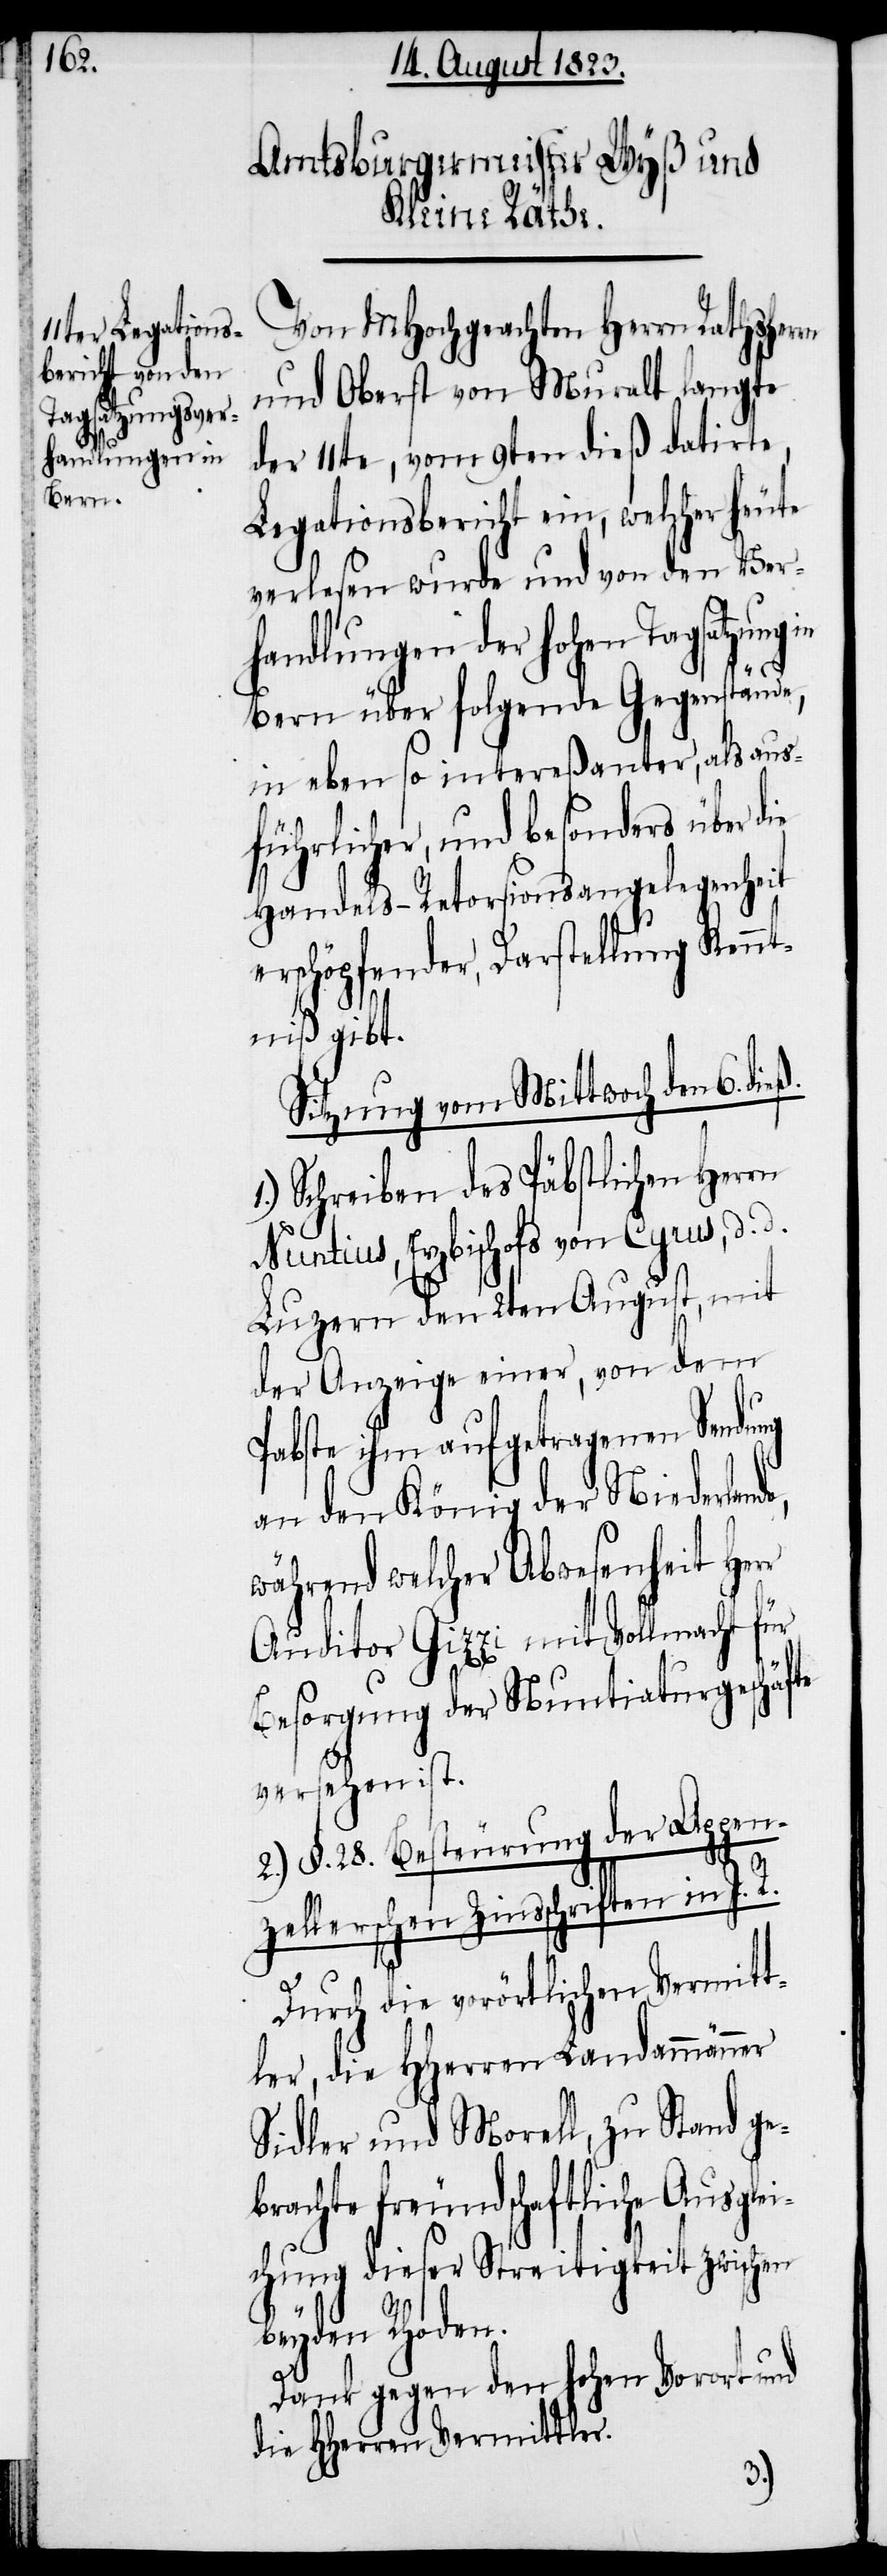
Von MHochgeachten Herrn Rathsherrn
und Oberst von Muralt langte
der 11te, vom 9ten dieß datirte,
Legationsbericht ein, welcher heute
verlesen wurde und von den Ver¬
handlungen der hohen Tagsatzung
Bern über folgende Gegenstände,
in eben so intereßanter, als aus¬
führlicher, und besonders über
Handels-Retorsionsangelegenheit
erschöpfender, Darstellung Kennt¬
niß gibt.
Sitzung vom Mittwoch den 6. dieß.
Schreiben des Päbstlichen Herrn
Nuntius, Erzbischofs von Cyrus, d.
Luzern den 2ten August, mit
der Anzeige einer, von dem
Pabste ihm aufgetragenen Sendung
an den König der Niederlan¬
während welcher Abwesenheit Her¬
Auditor Gizzi mit Vollmacht für
Besorgung der Nuntiaturgeschäfte
versehen ist.
2.) §. 28 Besteurung der Appen¬
zellerschen Zinsschriften in I.
Durch die vorörtlichen Vermitt¬
ler, die HHerren Landammänner
Sidler und Morell, zu Stand ge¬
brachte freundschaftliche Ausglei¬
chung dieser Streitigkeit zwischen
beyden Rhoden.
Dank gegen den hohen Vorort und
die HHerren Vermittler.
r